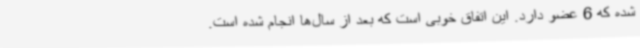
شده که 6 عضو دارد. این اتفاق خوبی است که بعد از سال‌ها انجام شده است.